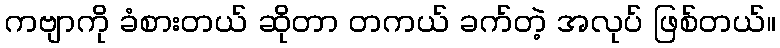
ကဗျာကို ခံစားတယ် ဆိုတာ တကယ် ခက်တဲ့ အလုပ် ဖြစ်တယ်။